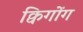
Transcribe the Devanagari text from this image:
क्विगोंग